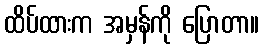
ထိပ်ထားက အမှန်ကို ပြောတာ။